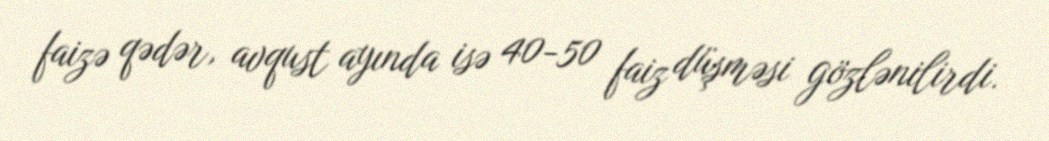
faizə qədər, avqust ayında isə 40-50 faiz düşməsi gözlənilirdi.